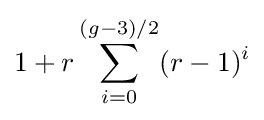
1+r\sum _{i=0}^{(g-3)/2}(r-1)^{i}